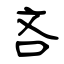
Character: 吝